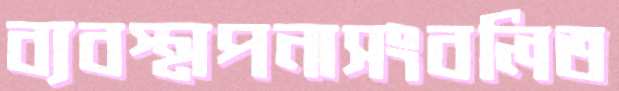
ব্যবস্থাপনাসংবলিত